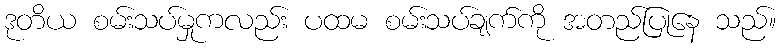
ဒုတိယ စမ်းသပ်မှုကလည်း ပထမ စမ်းသပ်ချက်ကို အတည်ပြုနေ သည်။